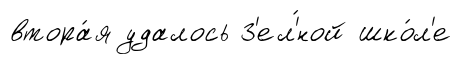
втора́я удалось З'ел'́ной шко́л'е